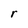
Character: r